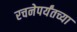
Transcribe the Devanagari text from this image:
रचनेपर्यंतच्या